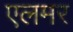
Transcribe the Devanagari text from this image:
एलमर